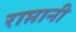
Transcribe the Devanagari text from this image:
राप्तानी